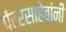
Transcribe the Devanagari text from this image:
पेंटरसाहेबांनी